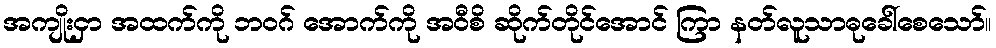
အကျိုးငှာ အထက်ကို ဘဝဂ် အောက်ကို အဝီစိ ဆိုက်တိုင်အောင် ကြာ နတ်လူသာဓုခေါ်စေသော်။